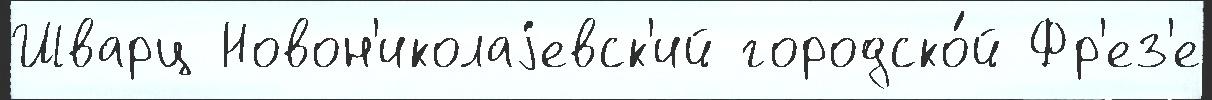
Шварц Новон'иколаjевск'ий городско́й Фр'ез'е